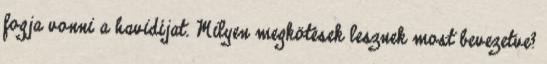
fogja vonni a havidíjat. Milyen megkötések lesznek most bevezetve?